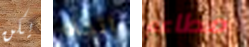
يكن إتجاه مطاعم